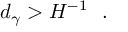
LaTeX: d _ { \gamma } > H ^ { - 1 } \ \ .